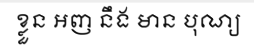
ខ្លួន អញ នឹង មាន បុណ្យ